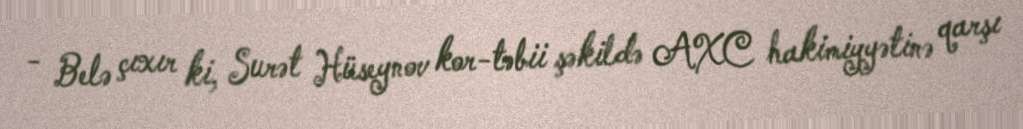
- Belə çıxır ki, Surət Hüseynov kor-təbii şəkildə AXC hakimiyyətinə qarşı